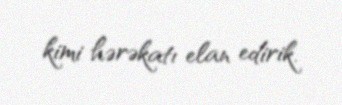
kimi hərəkatı elan edirik.